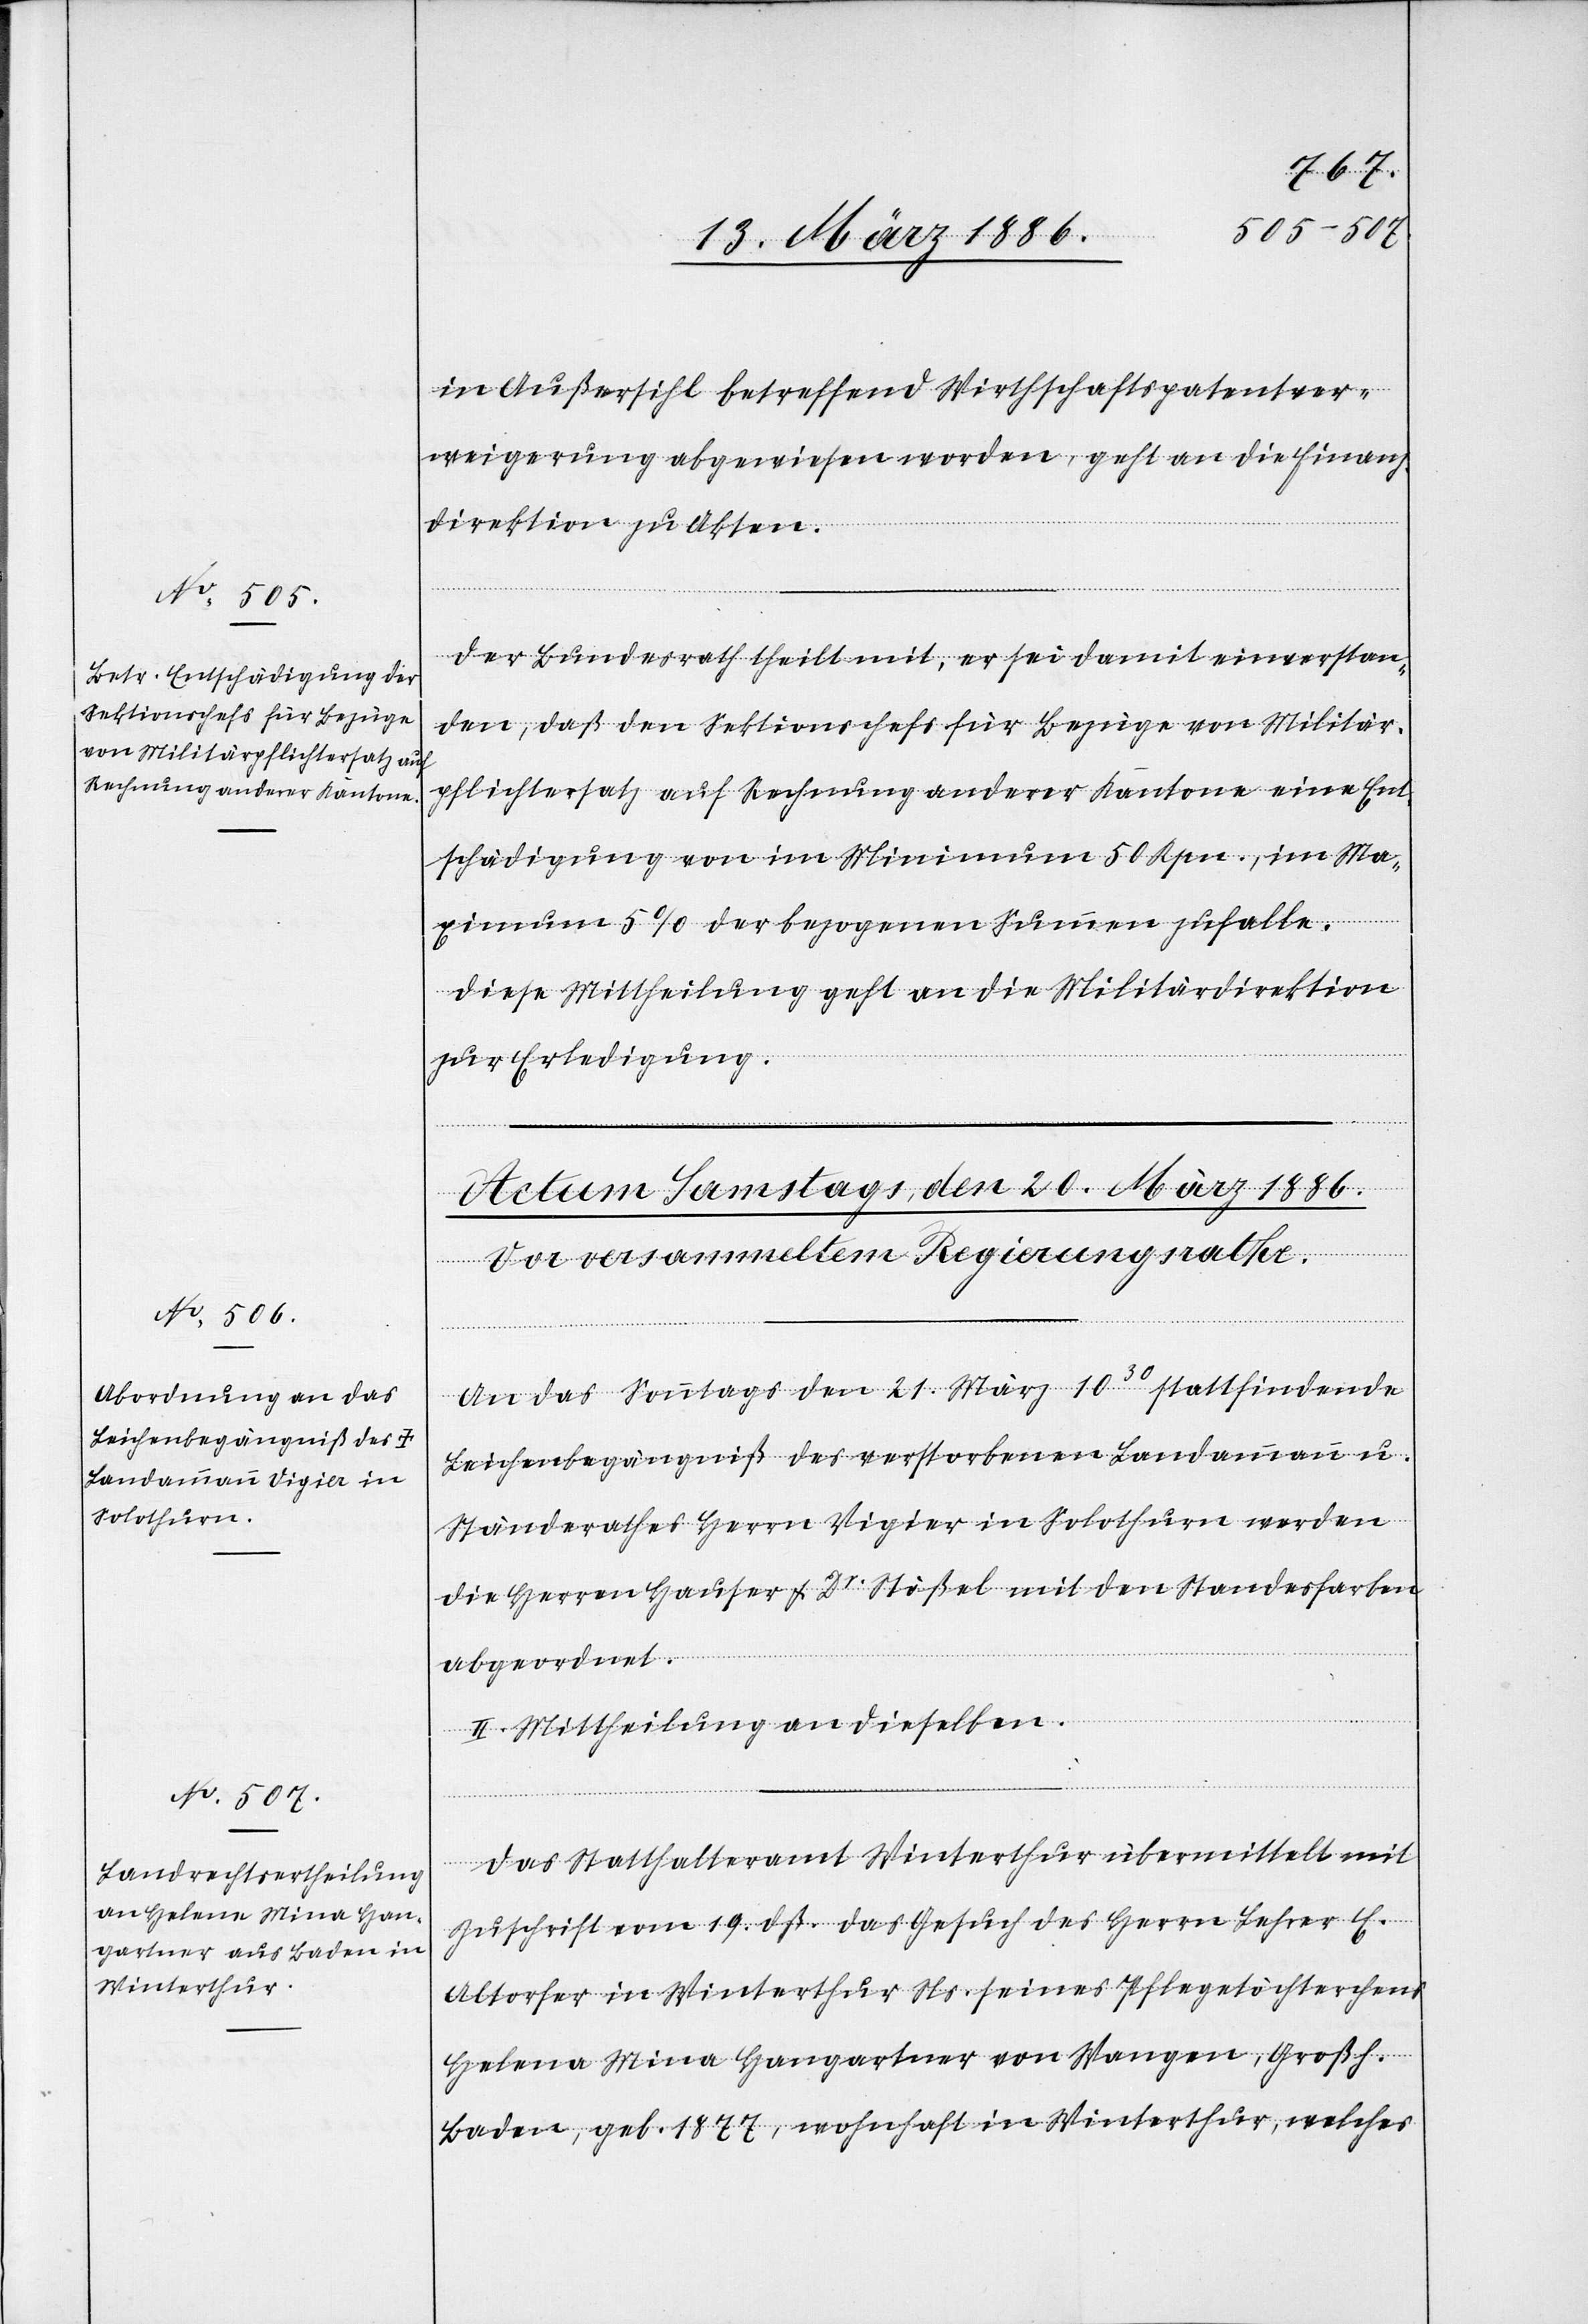
19. März 1886.]
in Außersihl betreffend Wirthschaftspatentver¬
weigerung abgewiesen worden, geht an die Finanz¬
direktion zu Akten.
Der Bundesrath theilt mit, er sei damit einverstan¬
den, daß den Sektionschefs für Bezüge von Militär¬
pflichtersatz auf Rechnung anderer Kantone eine Ent¬
schädigung von im Minimum 50 Rpn., im Ma¬
ximum 5% der bezogenen Summen zufalle.
Diese Mittheilung geht an die Militärdirektionen
zur Erledigung.
An das Sonntags den 21. März 1030 stattfindende
Leichenbegängniß des verstorbenen Landamman u.
Ständerathes Herrn Vigier in Solothurn werden
die Herrn Hauser & Dr. Stößel mit den Standesfarben
abgeordnet.
II. Mittheilung an dieselben.
Das Statthalteramt Winterthur übermittelt mit
Zuschrift vom 19. dß. das Gesuch des Herrn Lehrer E.
Altorfer in Winterthur Ns. seines Pflegetöchterchens
Helena Mina Hangartner von Wangen, Großh.
Baden, geb. 1877, wohnhaft in Winterthur, welches